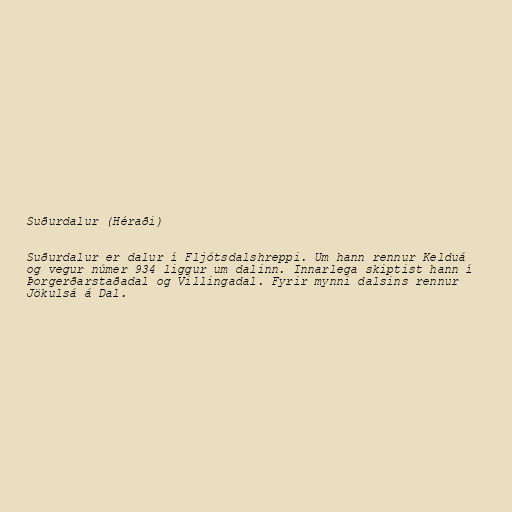
Suðurdalur (Héraði)

Suðurdalur er dalur í Fljótsdalshreppi. Um hann rennur Kelduá
og vegur númer 934 liggur um dalinn. Innarlega skiptist hann í
Þorgerðarstaðadal og Villingadal. Fyrir mynni dalsins rennur
Jökulsá á Dal.